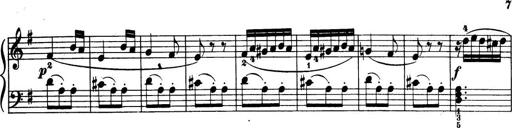
Title: 32 Sonatinas and Rondos for the Piano
Composer: Richard Kleinmichel